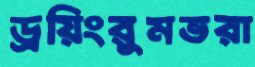
ড্রয়িংরুমভরা